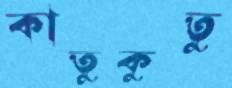
কাতুকুতু